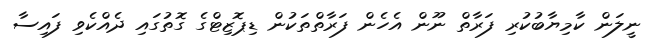
ނީލަން ކާމިޔާބުކުރި ފަރާތް ނޫން އެެހެން ފަރާތްތަކުން ޑިޕޮޒިޓްގެ ގޮތުގައި ދެއްކެވި ފައިސާ